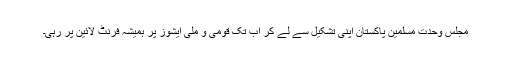
مجلس وحدت مسلمین پاکستان اپنی تشکیل سے لے کر اب تک قومی و ملی ایشوز پر ہمیشہ فرنٹ لائین پر رہی۔